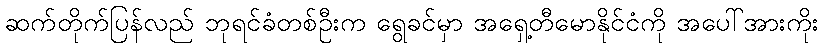
ဆက်တိုက်ပြန်လည် ဘုရင်ခံတစ်ဦးက ရွေခင်မှာ အရှေ့တီမောနိုင်ငံကို အပေါ်အားကိုး